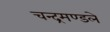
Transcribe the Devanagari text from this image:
चन्द्रमण्डले